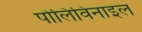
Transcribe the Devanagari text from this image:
पोलिविनाइल